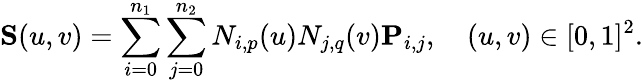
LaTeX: \mathbf{S}(u,v)=\sum_{i=0}^{n_{1}}\sum_{j=0}^{n_{2}}N_{i,p}(u)N_{j,q}(v)\mathbf{P}_{i,j},\quad(u,v)\in[0,1]^{2}.